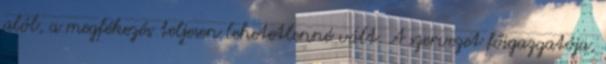
alól, a megfékezés teljesen lehetetlenné vált. A szervezet főigazgatója,